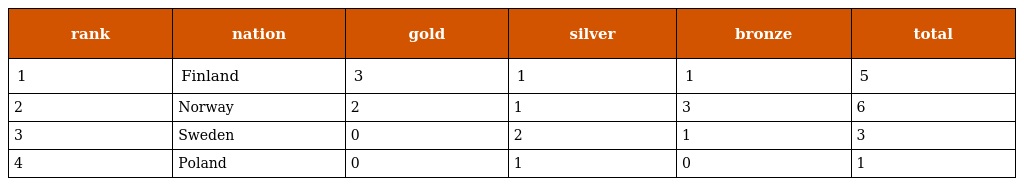
| rank | nation | gold | silver | bronze | total |
 | --- | --- | --- | --- | --- | --- |
 | 1 | Finland | 3 | 1 | 1 | 5 |
 | 2 | Norway | 2 | 1 | 3 | 6 |
 | 3 | Sweden | 0 | 2 | 1 | 3 |
 | 4 | Poland | 0 | 1 | 0 | 1 |